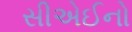
સીએઈનો